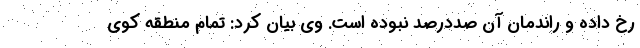
رخ داده و راندمان آن صددرصد نبوده است. وی بیان کرد: تمام منطقه کوی